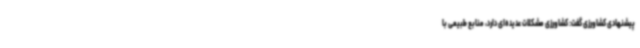
پیشنهادی کشاورزی گفت: کشاورزی مشکلات عدیده‌ای دارد، منابع طبیعی با